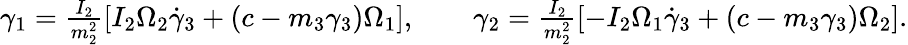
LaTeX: \begin{array}{r}{\gamma_{1}=\frac{I_{2}}{m_{2}^{2}}\left[I_{2}\Omega_{2}\dot{\gamma}_{3}+(c-m_{3}\gamma_{3})\Omega_{1}\right],\qquad\gamma_{2}=\frac{I_{2}}{m_{2}^{2}}\left[-I_{2}\Omega_{1}\dot{\gamma}_{3}+(c-m_{3}\gamma_{3})\Omega_{2}\right].}\end{array}